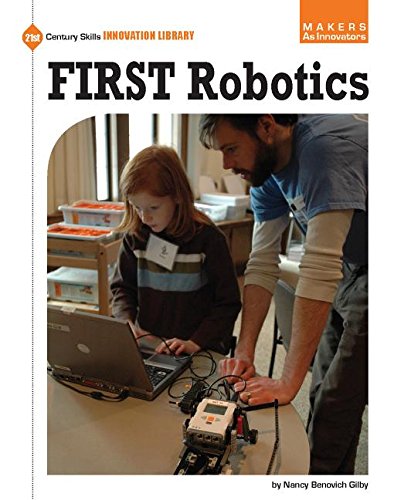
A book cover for First Robotics (21st Century Skills Innovation Library: Makers as Innovators); Nancy Benovich Gilby; Children's Books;